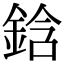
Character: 鋡